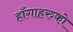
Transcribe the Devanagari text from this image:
हाँगाहरुको